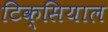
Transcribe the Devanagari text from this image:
टिक्सियाल